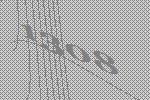
1308